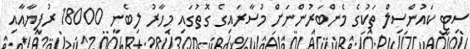
ސިޓީ ކައުންސިލް ތަކުގެ މެންބަރުންނަށް މުސާރައިގެ ގޮތުގައި މިހާރު ލިބެނީ 18000 ރުފިޔާއާއި